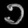
Digit: ၁